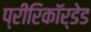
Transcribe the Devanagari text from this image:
प्रीरिकॉर्डेड